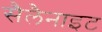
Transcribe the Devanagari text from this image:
सैलैनाइट